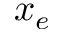
x _ { e }